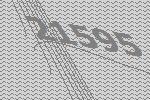
21595